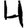
Digit: 4